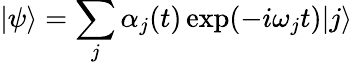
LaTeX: |\psi\rangle=\sum_{j}\alpha_{j}(t)\exp(-i\omega_{j}t)|j\rangle